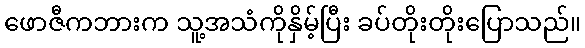
ဖောဇီကဘားက သူ့အသံကိုနှိမ့်ပြီး ခပ်တိုးတိုးပြောသည်။